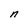
Character: n